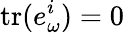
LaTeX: \mathrm{tr}(e_{\omega}^{i})=0